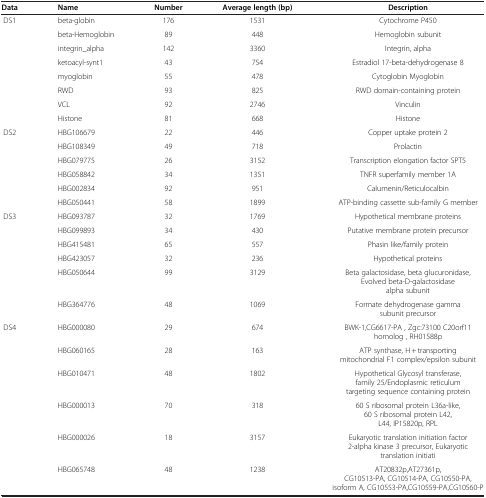
<table><thead><tr><td><b>Data</b></td><td><b>Name</b></td><td><b>Number</b></td><td><b>Average length (bp)</b></td><td><b>Description</b></td></tr></thead><tbody><tr><td>DS1</td><td>beta-globin</td><td>176</td><td>1531</td><td>Cytochrome P450</td></tr><tr><td> </td><td>beta-Hemoglobin</td><td>89</td><td>448</td><td>Hemoglobin subunit</td></tr><tr><td> </td><td>integrin_alpha</td><td>142</td><td>3360</td><td>Integrin, alpha</td></tr><tr><td> </td><td>ketoacyl-synt1</td><td>43</td><td>754</td><td>Estradiol 17-beta-dehydrogenase 8</td></tr><tr><td> </td><td>myoglobin</td><td>55</td><td>478</td><td>Cytoglobin Myoglobin</td></tr><tr><td> </td><td>RWD</td><td>93</td><td>825</td><td>RWD domain-containing protein</td></tr><tr><td> </td><td>VCL</td><td>92</td><td>2746</td><td>Vinculin</td></tr><tr><td> </td><td>Histone</td><td>81</td><td>668</td><td>Histone</td></tr><tr><td>DS2</td><td>HBG106679</td><td>22</td><td>446</td><td>Copper uptake protein 2</td></tr><tr><td> </td><td>HBG108349</td><td>49</td><td>718</td><td>Prolactin</td></tr><tr><td> </td><td>HBG079775</td><td>26</td><td>3152</td><td>Transcription elongation factor SPT5</td></tr><tr><td> </td><td>HBG058842</td><td>34</td><td>1351</td><td>TNFR superfamily member 1A</td></tr><tr><td> </td><td>HBG002834</td><td>92</td><td>951</td><td>Calumenin/Reticulocalbin</td></tr><tr><td> </td><td>HBG050441</td><td>58</td><td>1899</td><td>ATP-binding cassette sub-family G member</td></tr><tr><td>DS3</td><td>HBG093787</td><td>32</td><td>1769</td><td>Hypothetical membrane proteins</td></tr><tr><td> </td><td>HBG099893</td><td>34</td><td>430</td><td>Putative membrane protein precursor</td></tr><tr><td> </td><td>HBG415481</td><td>65</td><td>557</td><td>Phasin like/family protein</td></tr><tr><td> </td><td>HBG423057</td><td>32</td><td>236</td><td>Hypothetical proteins</td></tr><tr><td> </td><td>HBG050644</td><td>99</td><td>3129</td><td>Beta galactosidase, beta glucuronidase, Evolved beta-D-galactosidase alpha subunit</td></tr><tr><td> </td><td>HBG364776</td><td>48</td><td>1069</td><td>Formate dehydrogenase gamma subunit precursor</td></tr><tr><td>DS4</td><td>HBG000080</td><td>29</td><td>674</td><td>BWK-1,CG6617-PA , Zgc:73100 C20orf11 homolog , RH01588p</td></tr><tr><td> </td><td>HBG060165</td><td>28</td><td>163</td><td>ATP synthase, H + transporting mitochondrial F1 complex/epsilon subunit</td></tr><tr><td> </td><td>HBG010471</td><td>48</td><td>1802</td><td>Hypothetical Glycosyl transferase, family 25/Endoplasmic reticulum targeting sequence containing protein</td></tr><tr><td> </td><td>HBG000013</td><td>70</td><td>318</td><td>60 S ribosomal protein L36a-like, 60 S ribosomal protein L42, L44, IP15820p, RPL</td></tr><tr><td> </td><td>HBG000026</td><td>18</td><td>3157</td><td>Eukaryotic translation initiation factor 2-alpha kinase 3 precursor, Eukaryotic translation initiati</td></tr><tr><td> </td><td>HBG065748</td><td>48</td><td>1238</td><td>AT20832p,AT27361p, CG10513-PA, CG10514-PA, CG10550-PA, isoform A, CG10553-PA,CG10559-PA,CG10560-P</td></tr></tbody></table>